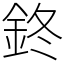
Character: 鉖